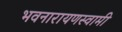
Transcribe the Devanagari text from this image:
भवनारायणस्‍वामी